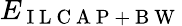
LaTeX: E_{\mathrm{~I~L~C~A~P~+~B~W~}}